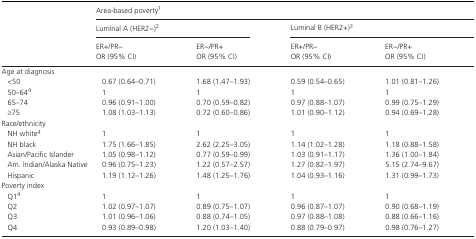
<table><thead><tr><td rowspan="3"></td><td colspan="4"><b>Area‐based povertya</b></td></tr><tr><td colspan="2"><b>Luminal A (HER2−)b</b></td><td colspan="2"><b>Luminal B (HER2+)c</b></td></tr><tr><td><b>ER+/PR−OR (95% CI)</b></td><td><b>ER−/PR+OR (95% CI)</b></td><td><b>ER+/PR−OR (95% CI)</b></td><td><b>ER−/PR+OR (95% CI)</b></td></tr></thead><tbody><tr><td colspan="5">Age at diagnosis</td></tr><tr><td>&lt;50</td><td>0.67 (0.64–0.71)</td><td>1.68 (1.47–1.93)</td><td>0.59 (0.54–0.65)</td><td>1.01 (0.81–1.26)</td></tr><tr><td>50–64d</td><td>1</td><td>1</td><td>1</td><td>1</td></tr><tr><td>65–74</td><td>0.96 (0.91–1.00)</td><td>0.70 (0.59–0.82)</td><td>0.97 (0.88–1.07)</td><td>0.99 (0.75–1.29)</td></tr><tr><td>≥75</td><td>1.08 (1.03–1.13)</td><td>0.72 (0.60–0.86)</td><td>1.01 (0.90–1.12)</td><td>0.94 (0.69–1.28)</td></tr><tr><td colspan="5">Race/ethnicity</td></tr><tr><td>NH whited</td><td>1</td><td>1</td><td>1</td><td>1</td></tr><tr><td>NH black</td><td>1.75 (1.66–1.85)</td><td>2.62 (2.25–3.05)</td><td>1.14 (1.02–1.28)</td><td>1.18 (0.88–1.58)</td></tr><tr><td>Asian/Pacific Islander</td><td>1.05 (0.98–1.12)</td><td>0.77 (0.59–0.99)</td><td>1.03 (0.91–1.17)</td><td>1.36 (1.00–1.84)</td></tr><tr><td>Am. Indian/Alaska Native</td><td>0.96 (0.75–1.23)</td><td>1.22 (0.57–2.57)</td><td>1.27 (0.82–1.97)</td><td>5.15 (2.74–9.67)</td></tr><tr><td>Hispanic</td><td>1.19 (1.12–1.26)</td><td>1.48 (1.25–1.76)</td><td>1.04 (0.93–1.16)</td><td>1.31 (0.99–1.73)</td></tr><tr><td colspan="5">Poverty index</td></tr><tr><td>Q1d</td><td>1</td><td>1</td><td>1</td><td>1</td></tr><tr><td>Q2</td><td>1.02 (0.97–1.07)</td><td>0.89 (0.75–1.07)</td><td>0.96 (0.87–1.07)</td><td>0.90 (0.68–1.19)</td></tr><tr><td>Q3</td><td>1.01 (0.96–1.06)</td><td>0.88 (0.74–1.05)</td><td>0.97 (0.88–1.08)</td><td>0.88 (0.66–1.16)</td></tr><tr><td>Q4</td><td>0.93 (0.89–0.98)</td><td>1.20 (1.03–1.40)</td><td>0.88 (0.79–0.97)</td><td>0.98 (0.76–1.27)</td></tr></tbody></table>